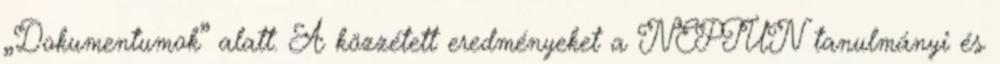
„Dokumentumok” alatt. A közzétett eredményeket a NEPTUN tanulmányi és